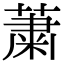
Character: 䔥